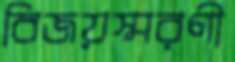
বিজয়স্মরণী